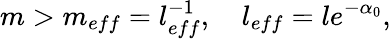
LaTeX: m>m_{eff}=l_{eff}^{-1},\quad l_{eff}=le^{-\alpha_{0}},